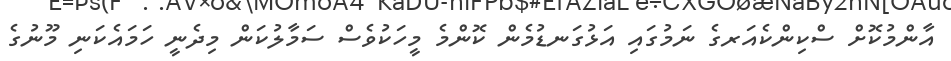
އާންމުކޮށް ސްކިންކެއަރގެ ނަމުގައި އަޅުގަނޑުމެން ކޮންމެ މީހަކުވެސް ސަމާލުކަން މިދެނީ ހަމައެކަނި މޫނުގެ